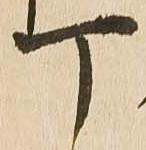
丁